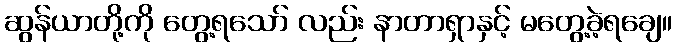
ဆွန်ယာတို့ကို တွေ့ရသော် လည်း နာတာရှာနှင့် မတွေ့ခဲ့ရချေ။